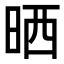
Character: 晒